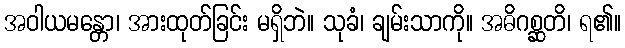
အဝါယမန္တော၊ အားထုတ်ခြင်း မရှိဘဲ။ သုခံ၊ ချမ်းသာကို။ အဓိဂစ္ဆတိ၊ ရ၏။